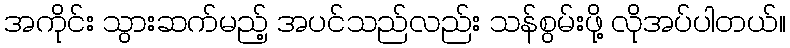
အကိုင်း သွားဆက်မည့် အပင်သည်လည်း သန်စွမ်းဖို့ လိုအပ်ပါတယ်။